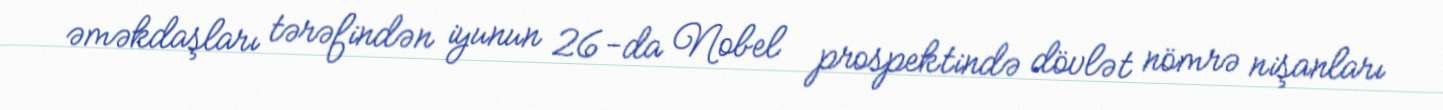
əməkdaşları tərəfindən iyunun 26-da Nobel prospektində dövlət nömrə nişanları